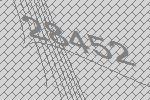
28452